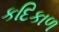
કદિકાળ